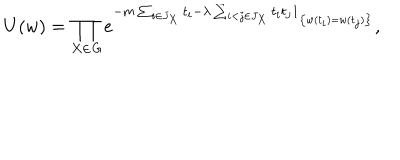
LaTeX: U ( w ) = \prod _ { X \in { \it G } } e ^ { - m \sum _ { i \in J _ { X } } t _ { i } - \lambda \sum _ { i < j \in J _ { X } } t _ { i } t _ { j } { \bf 1 } _ { \left\{ w ( t _ { i } ) = w ( t _ { j } ) \right\} } } ,